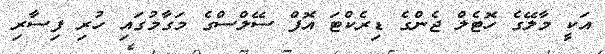
އަކީ މާލޭގެ ހޮޓެލް ޖެންގެ ޑިރެކްޓަ އޮފް ސޭލްސްގެ މަގާމުގައި ހުރި ފިސާރި